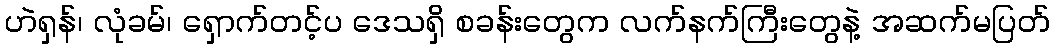
ဟဲရှန်၊ လုံခမ်၊ ရှောက်တင့်ပ ဒေသရှိ စခန်းတွေက လက်နက်ကြီးတွေနဲ့ အဆက်မပြတ်